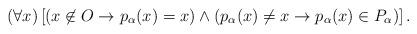
LaTeX: \begin{align*}(\forall x)\left[(x \not\in O \to p_{\alpha}(x) = x) \wedge (p_{\alpha}(x) \neq x \to p_{\alpha}(x) \in P_{\alpha})\right].\end{align*}